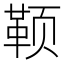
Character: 𬱭